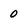
Character: 0